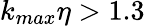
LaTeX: k_{max}\eta>1.3